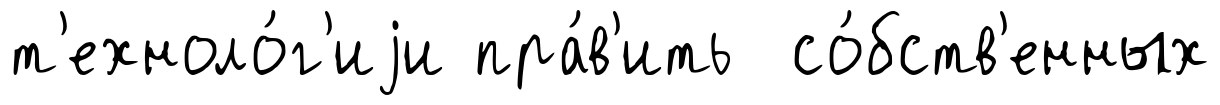
т'ехноло́г'иjи пра́в'ить со́бств'енных